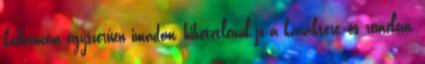
kedvencem egyszerűen imádom, hihetetlenül jó a karaktere, és remélem,